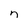
Character: n